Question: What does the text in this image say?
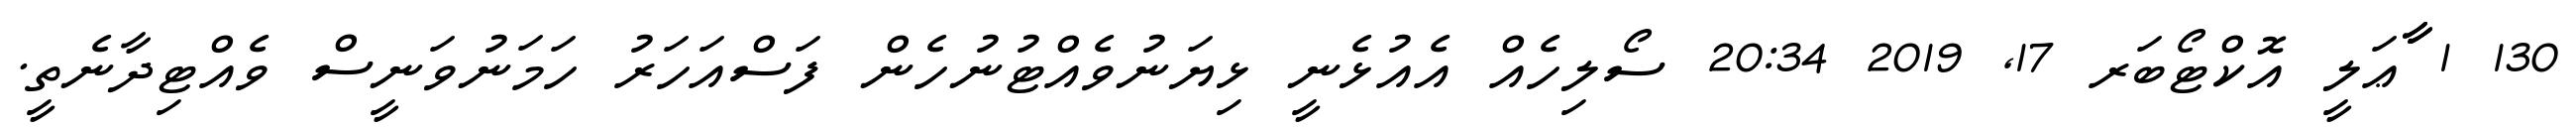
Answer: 130 1 ާާާޢަލީ އޮކްޓޯބަރ 17, 2019 20:34 ސޯލިހެއް އެއުޅެނީ ޅިޔަނުވެއްޓުނުހެން ފަސްއަހަރު ހަމަނުވަނީސް ވެއްޓިދާނެތީ.